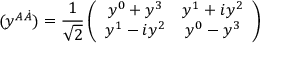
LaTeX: ( y ^ { A \dot { A } } ) = { \frac { 1 } { \sqrt { 2 } } } \left( \begin{array} { c c } { { y ^ { 0 } + y ^ { 3 } } } & { { y ^ { 1 } + i y ^ { 2 } } } \\ { { y ^ { 1 } - i y ^ { 2 } } } & { { y ^ { 0 } - y ^ { 3 } } } \end{array} \right)